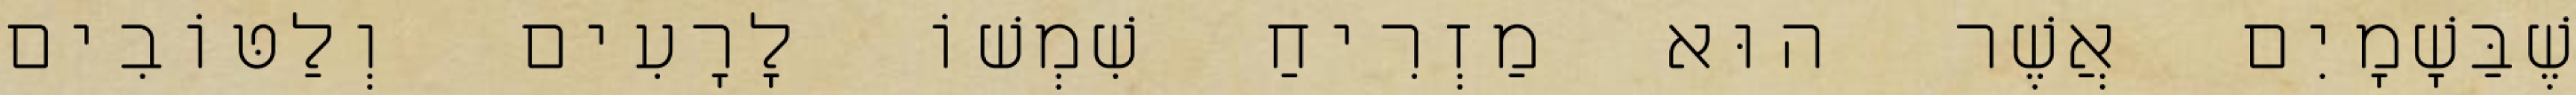
שֶׁבַּשָׁמָיִם אֲשֶׁר הוּא מַזְרִיחַ שִׁמְשׁוֹ לָרָעִים וְלַטּוֹבִים